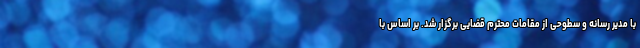
با مدیر رسانه و سطوحی از مقامات محترم قضایی برگزار شد. بر اساس با